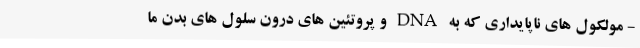
- مولکول های ناپایداری که به DNA و پروتئین های درون سلول های بدن ما